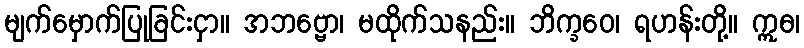
မျက်မှောက်ပြုခြင်းငှာ။ အဘဗ္ဗော၊ မထိုက်သနည်း။ ဘိက္ခဝေ၊ ရဟန်းတို့။ ဣဓ၊